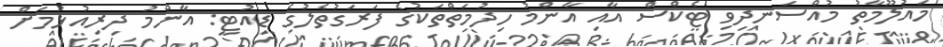
މައުލޫމާތު މުއްސަނދިވި ޓެކްސް އާއި އާންމު ހިދުމަތްތަކުގެ ފަރަގުތެލުގެ ޑިއުޓީ: އާންމު ދިރިއުޅުމަށް